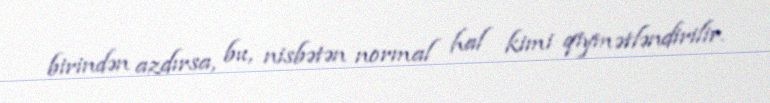
birindən azdırsa, bu, nisbətən normal hal kimi qiymətləndirilir.